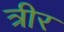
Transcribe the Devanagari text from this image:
त्रीर